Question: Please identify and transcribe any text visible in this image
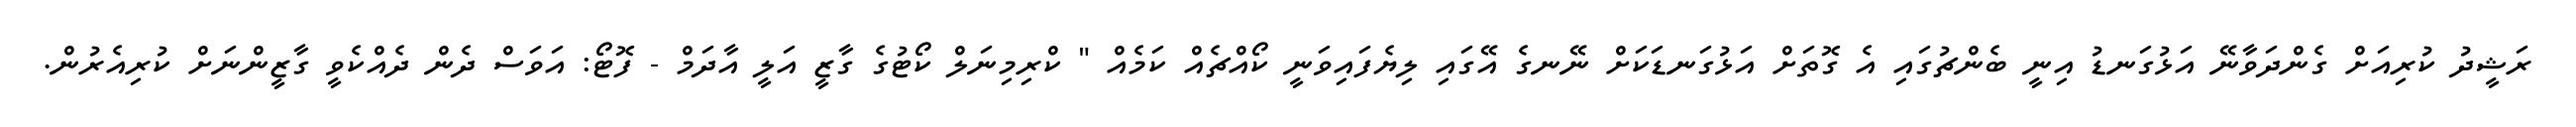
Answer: ރަޝީދު ކުރިއަށް ގެންދަވާނޭ އަޅުގަނޑު އިނީ ބެންޗުގައި އެ ގޮތަށް އަޅުގަނޑަކަށް ނޭނގެ އޭގައި ލިޔެފައިވަނީ ކޯއްޗެއް ކަމެއް " ކްރިމިނަލް ކޯޓުގެ ގާޒީ އަލީ އާދަމް - ފޮޓޯ: އަވަސް ދެން ދެއްކެވީ ގާޒީންނަށް ކުރިއެރުން.